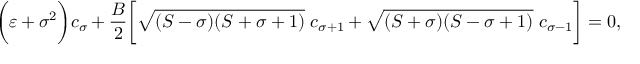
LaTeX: \biggl ( \varepsilon + \sigma ^ { 2 } \biggr ) c _ { \sigma } + \frac { B } { 2 } \biggl [ \sqrt { ( S - \sigma ) ( S + \sigma + 1 ) } ~ c _ { \sigma + 1 } + \sqrt { ( S + \sigma ) ( S - \sigma + 1 ) } ~ c _ { \sigma - 1 } \biggr ] = 0 ,